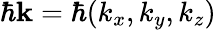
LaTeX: \hbar\mathbf{k}=\hbar(k_{x},k_{y},k_{z})